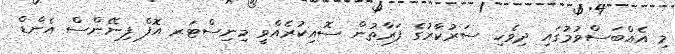
މި އެއްބަސްވުމުގައި ދިވެހި ސަރުކާރުގެ ފަރާތުން ސޮއިކުރެއްވީ މިނިސްޓަރ އޮފް ފިނޭންސް އެންޑް